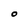
Character: O